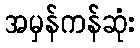
အမှန်ကန်ဆုံး